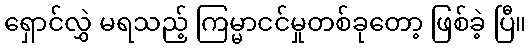
ရှောင်လွှဲ မရသည့် ကြမ္မာငင်မှုတစ်ခုတော့ ဖြစ်ခဲ့ ပြီ။